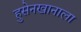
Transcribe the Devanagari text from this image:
हुसेनखानाला